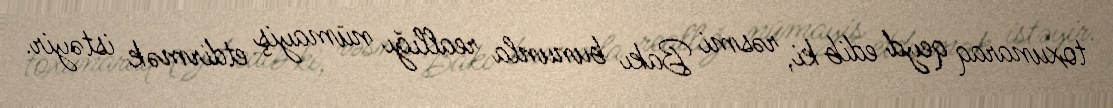
toxunaraq qeyd edib ki, rəsmi Bakı bununla reallığı nümayiş etdirmək istəyir.